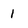
Character: 1